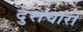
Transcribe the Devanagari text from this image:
दुराचारों